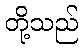
တို့သည်